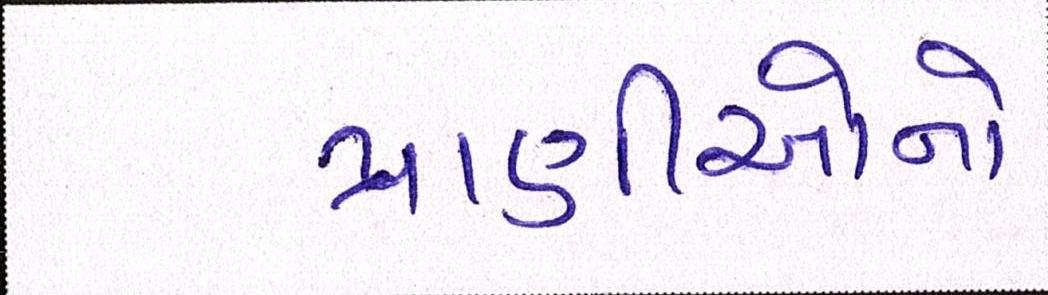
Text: પ્રાણીઓનો